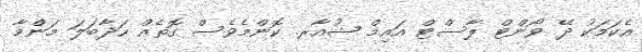
އެކަމަކު ދޭ ވޯންޓް ލާސްޓް އައިމް ޝުއާރ. ކޮންމެވެސް ގޮތެއް ހަދާބަލަ މަންމާ